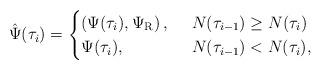
LaTeX: \begin{align*}\hat{\Psi}(\tau_{i}) = \begin{cases}\left( \Psi(\tau_{i}), \Psi_{\rm{R}} \right), ~& N(\tau_{i-1}) \geq N(\tau_{i})\\\Psi(\tau_{i}), ~& N(\tau_{i-1}) < N(\tau_{i}),\end{cases}\end{align*}